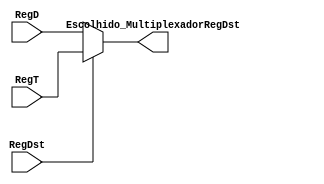
module MultiplexadorRegDst(
	input [4:0] RegT, 
	input [4:0] RegD,
	input RegDst,
	output [4:0] Escolhido_MultiplexadorRegDst
);
	
	reg [4:0] escolhido;
	
	always @(*) begin
	
		if(RegDst == 1) begin
			escolhido = RegT;
		end
		
		else begin
			escolhido = RegD;
		end
		
	end
	
	assign Escolhido_MultiplexadorRegDst = escolhido;
	
endmodule